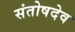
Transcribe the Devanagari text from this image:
संतोषदेव